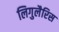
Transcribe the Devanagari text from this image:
लिगुलैरिस